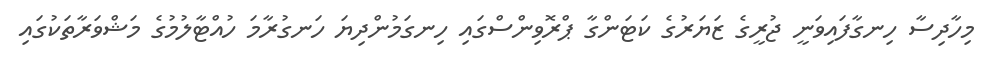
މިހާދިސާ ހިނގާފައިވަނީ ޖުރީގެ ޒަޔަރުގެ ކަޓަންގާ ޕްރޮވިންސްގައި ހިނގަމުންދިޔަ ހަނގުރާމަ ހުއްޓާލުމުގެ މަޝްވަރާތަކުގައި